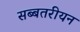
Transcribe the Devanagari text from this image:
सब्बतरीयन